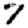
Digit: 7